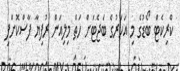
ކްރިކެޓް ބޯޑުގެ މި އަހަރުގެ ބަޖެޓަށް ހަތް މިލިއަން ރުފިޔާ ފާސްކޮށްފި